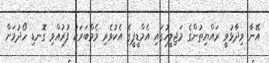
އޭނާ ވިދާޅުވީ ރައްޔިތުންގެ މަޖިލީހުގައި އެމްޑީޕީގެ އެކުވެރި މެމްބަރަކު ފުރުއްވި ގޮނޑި ހޯދުމަށް